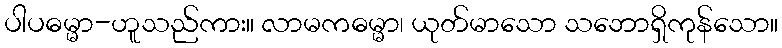
ပါပဓမ္မာ-ဟူသည်ကား။ လာမကဓမ္မာ၊ ယုတ်မာသော သဘောရှိကုန်သော။